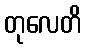
တုလေတိ